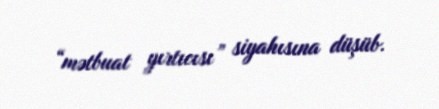
“mətbuat yırtıcısı” siyahısına düşüb.